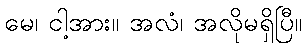
မေ၊ ငါ့အား။ အလံ၊ အလိုမရှိပြီ။